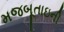
મજબૂતાઇની